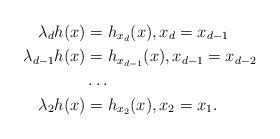
LaTeX: \begin{align*} \lambda_d h(x)&=h_{x_d}(x), x_d=x_{d-1}\\ \lambda_{d-1} h(x) &=h_{x_{d-1}}(x), x_{d-1}=x_{d-2} \\ &\ldots \\ \lambda_2 h(x)&= h_{x_{2}}(x), x_{2}=x_1 .\end{align*}